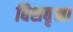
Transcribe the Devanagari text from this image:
बिशबृक्षा